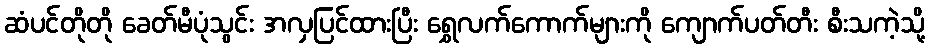
ဆံပင်တိုတို ခေတ်မီပုံသွင်း အလှပြင်ထားပြီး ရွှေလက်ကောက်များကို ကျောက်ပတ်တီး စီးသကဲ့သို့